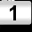
Digit: 1